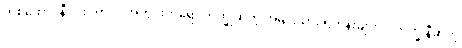
တစ်ထောင်နီးပါး ကာလ အတွင်းကရော ဘိက္ခုဆိုတဲ့ အမျိုးသား ရဟန်းများလို ဘိက္ခုနီဆိုတဲ့